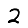
Digit: 2